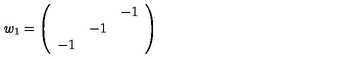
w _ { 1 } = \left( \begin{array} { c c c } { } & { } & { - 1 } \\ { } & { - 1 } & { } \\ { - 1 } & { } & { } \\ \end{array} \right)